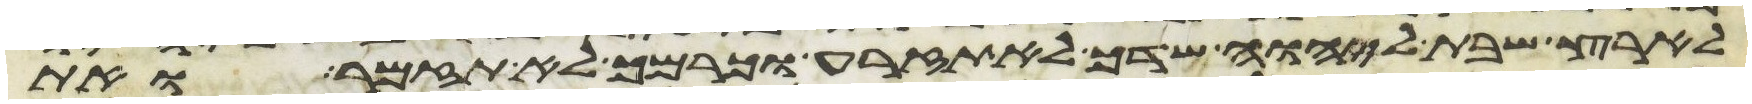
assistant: לארץ שבת ליהוה שדך לא תזרע וכרמך לא תזמר ואת